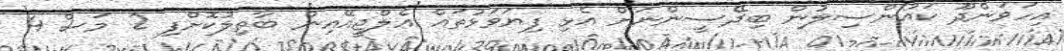
އިހަވަންދޫ ކައުންސިލުން ބިދޭސީންނަށް އެޅި ފިޔަވަޅުތައް އެލްޖީއޭއިން ބާތިލުކޮށްފި 2 މަސް 4